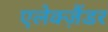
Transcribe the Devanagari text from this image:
एलेक्ज़ैंडर